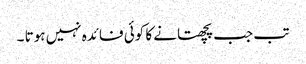
تب جب پچھتانے کا کوئی فائدہ نہیں ہوتا ۔